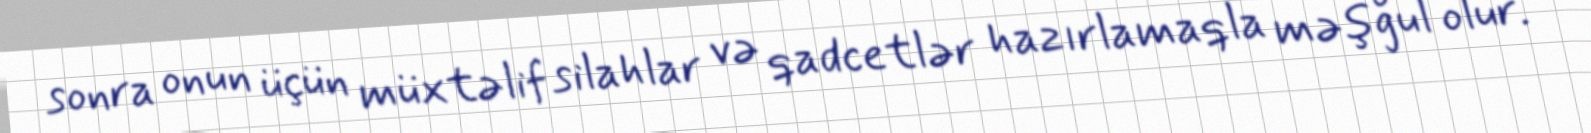
sonra onun üçün müxtəlif silahlar və qadcetlər hazırlamaqla məşğul olur.